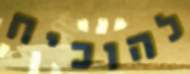
להוכיח